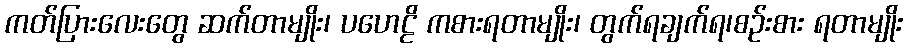
ကတ်ပြားလေးတွေ ဆက်တာမျိုး၊ ပဟေဠိ ကစားရတာမျိုး၊ တွက်ရချက်ရ၊စဉ်းစား ရတာမျိုး